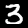
Digit: 3